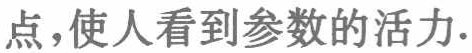
点,使人看到参数的活力.